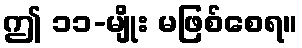
ဤ ၁၁-မျိုး မဖြစ်စေရ။